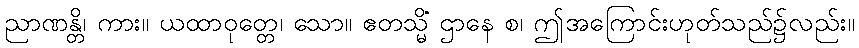
ညာဏန္တိ၊ ကား။ ယထာဝုတ္တေ၊ သော။ ဧတသ္မိံ ဌာနေ စ၊ ဤအကြောင်းဟုတ်သည်၌လည်း။